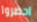
احضروا